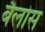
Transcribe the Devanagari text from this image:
बैलोस